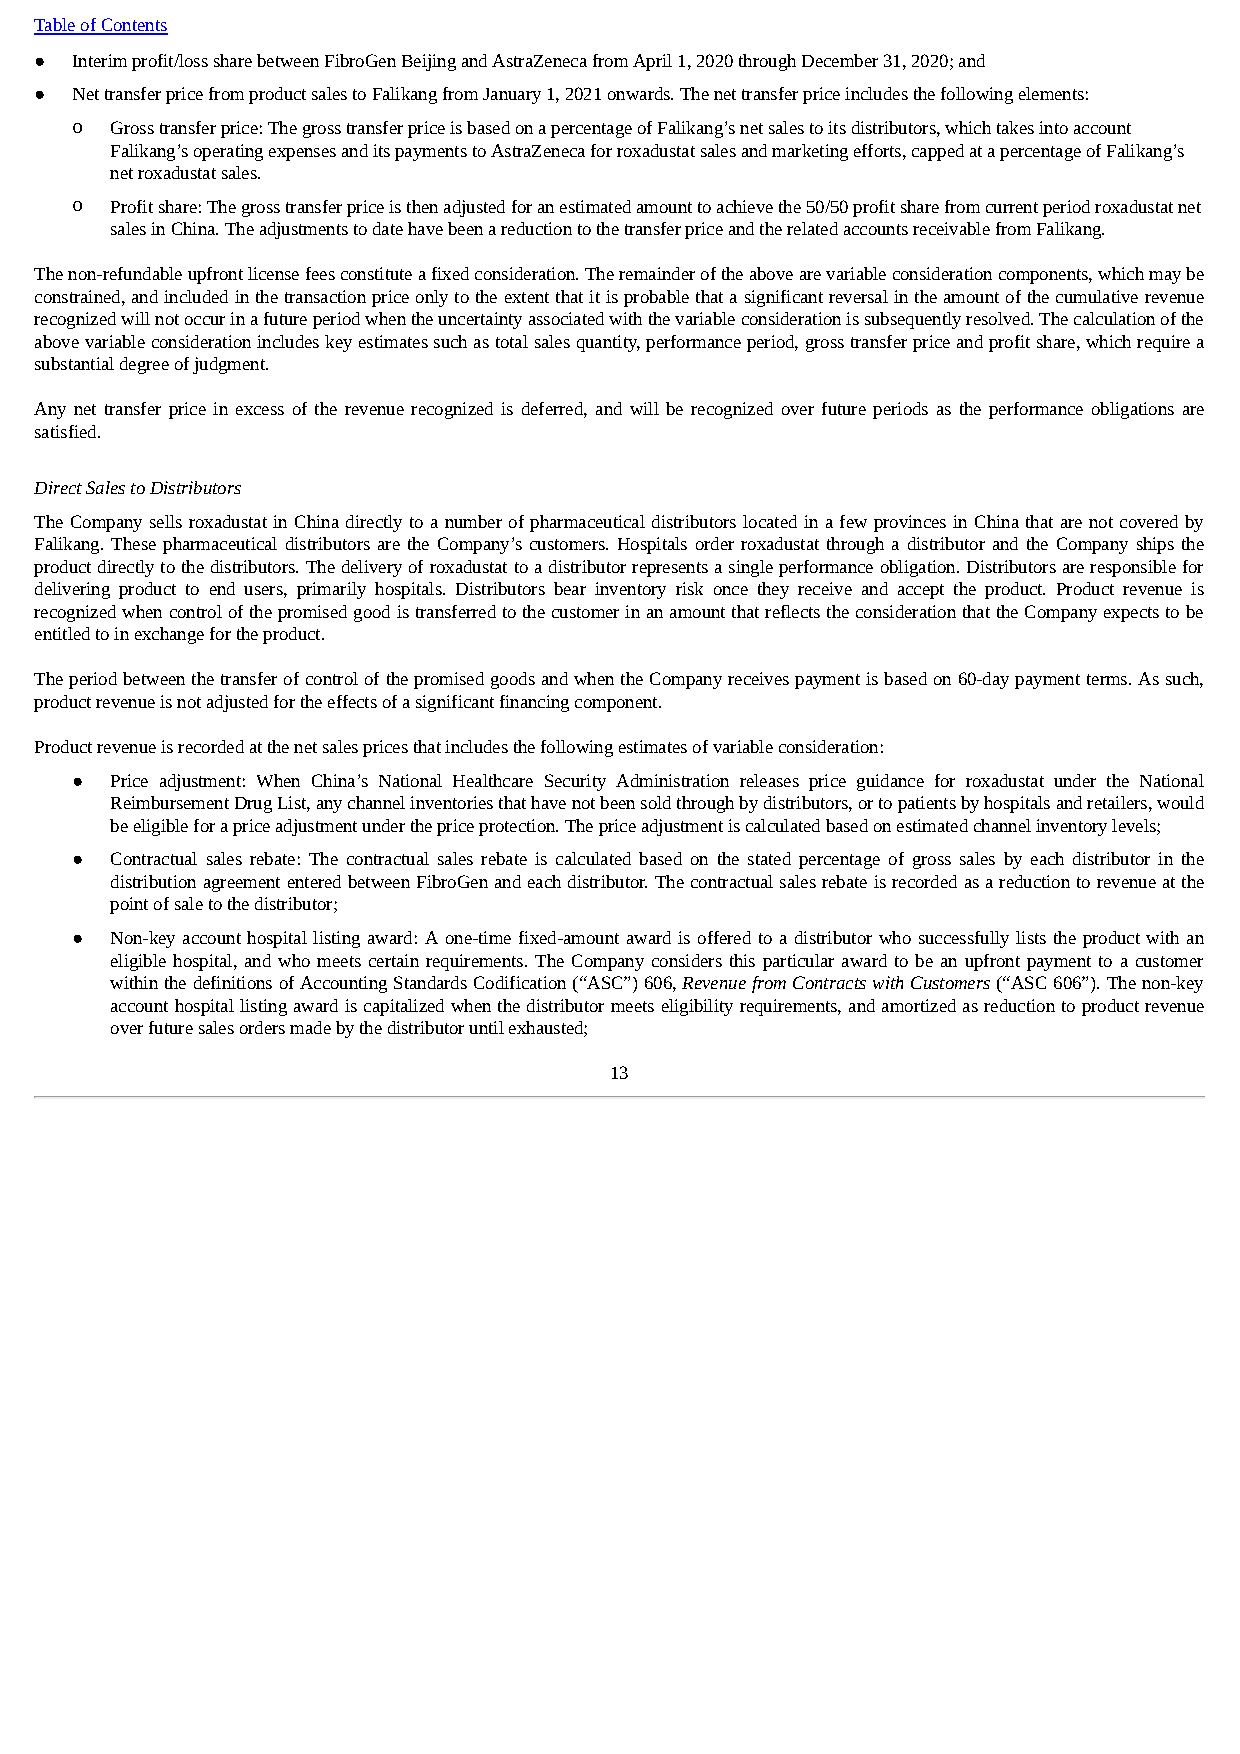
Table of Contents
 ●  Interim profit/loss share between FibroGen Beijing and AstraZeneca from April 1, 2020 through December 31, 2020; and
 ●  Net transfer price from product sales to Falikang from January 1, 2021 onwards. The net transfer price includes the following elements:
 o Gross transfer price: The gross transfer price is based on a percentage of Falikang’s net sales to its distributors, which takes into account
 Falikang’s operating expenses and its payments to AstraZeneca for roxadustat sales and marketing efforts, capped at a percentage of Falikang’s
 net roxadustat sales.
 o Profit share: The gross transfer price is then adjusted for an estimated amount to achieve the 50/50 profit share from current period roxadustat net
 sales in China. The adjustments to date have been a reduction to the transfer price and the related accounts receivable from Falikang.
 The non-refundable upfront license fees constitute a fixed consideration. The remainder of the above are variable consideration components, which may be
 constrained, and included in the transaction price only to the extent that it is probable that a significant reversal in the amount of the cumulative revenue
 recognized will not occur in a future period when the uncertainty associated with the variable consideration is subsequently resolved. The calculation of the
 above variable consideration includes key estimates such as total sales quantity, performance period, gross transfer price and profit share, which require a
 substantial degree of judgment.
 Any net transfer price in excess of the revenue recognized is deferred, and will be recognized over future periods as the performance obligations are
 satisfied.
 Direct Sales to Distributors
 The Company sells roxadustat in China directly to a number of pharmaceutical distributors located in a few provinces in China that are not covered by
 Falikang. These pharmaceutical distributors are the Company’s customers. Hospitals order roxadustat through a distributor and the Company ships the
 product directly to the distributors. The delivery of roxadustat to a distributor represents a single performance obligation. Distributors are responsible for
 delivering product to end users, primarily hospitals. Distributors bear inventory risk once they receive and accept the product. Product revenue is
 recognized when control of the promised good is transferred to the customer in an amount that reflects the consideration that the Company expects to be
 entitled to in exchange for the product.
 The period between the transfer of control of the promised goods and when the Company receives payment is based on 60-day payment terms. As such,
 product revenue is not adjusted for the effects of a significant financing component.
 Product revenue is recorded at the net sales prices that includes the following estimates of variable consideration:
 ● Price adjustment: When China’s National Healthcare Security Administration releases price guidance for roxadustat under the National
 Reimbursement Drug List, any channel inventories that have not been sold through by distributors, or to patients by hospitals and retailers, would
 be eligible for a price adjustment under the price protection. The price adjustment is calculated based on estimated channel inventory levels;
 ● Contractual sales rebate: The contractual sales rebate is calculated based on the stated percentage of gross sales by each distributor in the
 distribution agreement entered between FibroGen and each distributor. The contractual sales rebate is recorded as a reduction to revenue at the
 point of sale to the distributor;
 ● Non-key account hospital listing award: A one-time fixed-amount award is offered to a distributor who successfully lists the product with an
 eligible hospital, and who meets certain requirements. The Company considers this particular award to be an upfront payment to a customer
 within the definitions of Accounting Standards Codification (“ASC”) 606, Revenue from Contracts with Customers (“ASC 606”). The non-key
 account hospital listing award is capitalized when the distributor meets eligibility requirements, and amortized as reduction to product revenue
 over future sales orders made by the distributor until exhausted;
 13